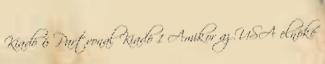
Kiadó 6 Partvonal Kiadó 1 Amikor az USA elnöke